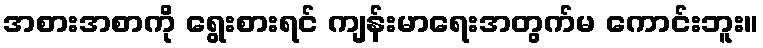
အစားအစာကို ရွေးစားရင် ကျန်းမာရေးအတွက်မ ကောင်းဘူး။